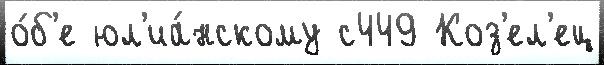
о́б'е юл'иа́нскому с449 Коз'ел'ец